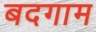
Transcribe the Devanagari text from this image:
बदगाम